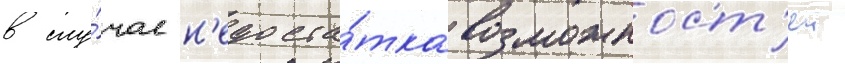
в слу́чае н'едоста́тка возможност'еи